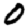
Digit: 0